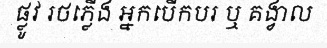
ផ្លូវ រថភ្លើង អ្នកបើកបរ ឬ គង្វាល